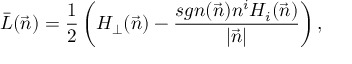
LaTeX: \bar { L } ( \vec { n } ) = \frac { 1 } { 2 } \left( H _ { \perp } ( \vec { n } ) - \frac { s g n ( \vec { n } ) n ^ { i } H _ { i } ( \vec { n } ) } { | \vec { n } | } \right) ,